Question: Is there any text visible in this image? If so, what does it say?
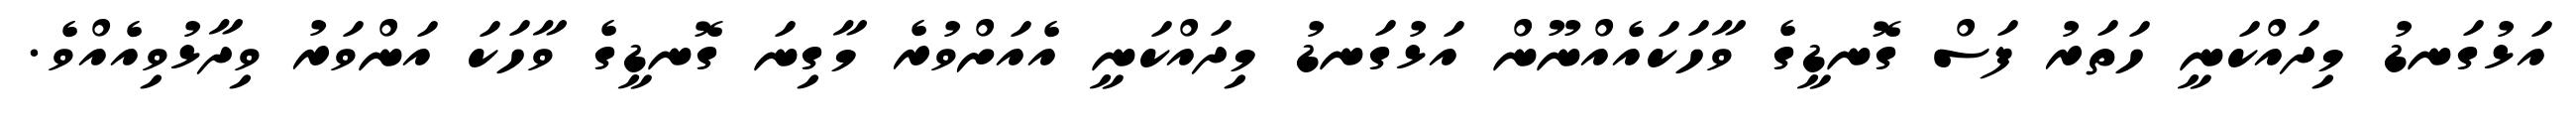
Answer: އަޅުގަނޑު މިދައްކަނީ ހަތަރު ފަސް ގޮނޑީގެ ވާހަކައެއްނޫން އަޅުގަނޑު މިދައްކަނީ އެއަށްވުރެ މާގިނަ ގޮނޑީގެ ވާހަކަ އަންވަރު ވިދާޅުވިއެއްވެ.